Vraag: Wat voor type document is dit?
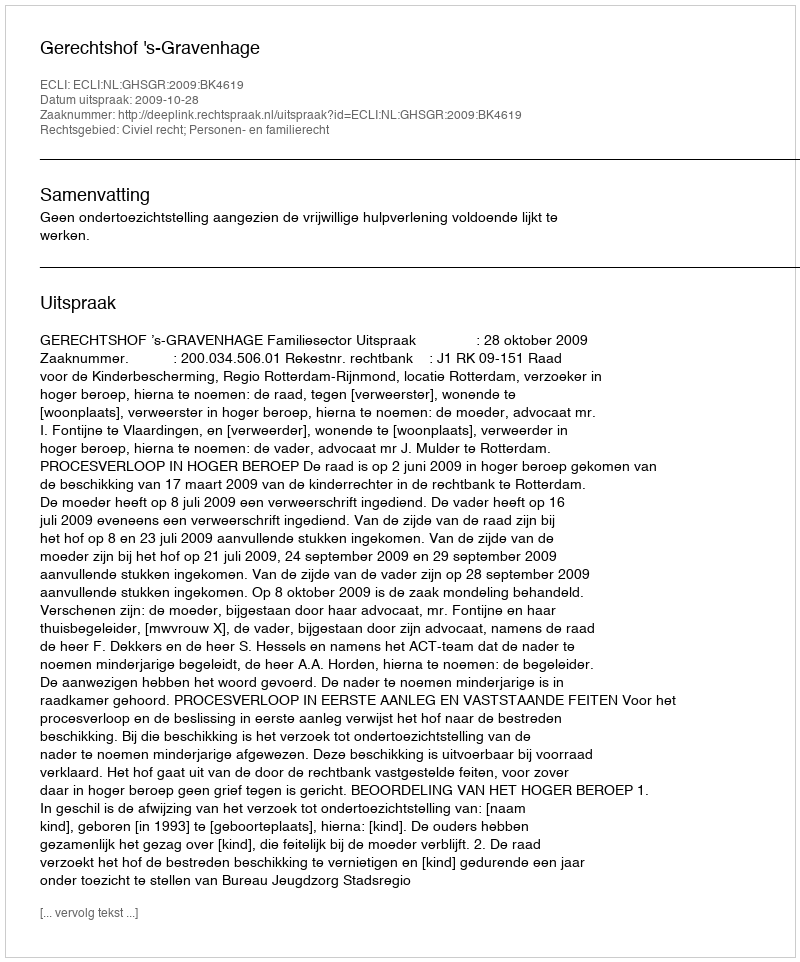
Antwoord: Uitspraak